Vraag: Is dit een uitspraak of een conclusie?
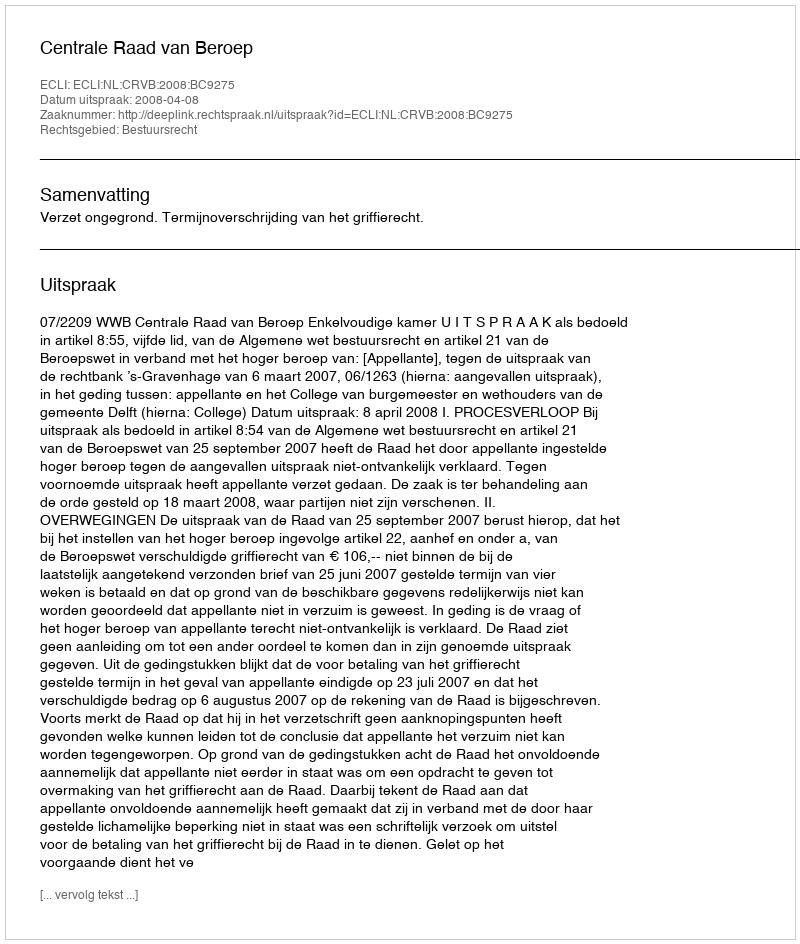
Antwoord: Uitspraak